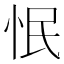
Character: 怋